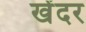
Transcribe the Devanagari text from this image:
खेंदर